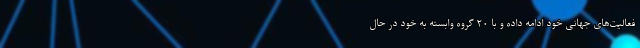
فعالیت‌های جهانی خود ادامه داده و با ۲۰ گروه وابسته به خود در حال